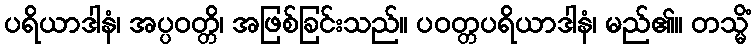
ပရိယာဒါနံ၊ အပ္ပဝတ္တိ၊ အဖြစ်ခြင်းသည်။ ပဝတ္တပရိယာဒါနံ၊ မည်၏။ တသ္မိံ